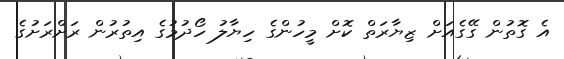
އެ ގޮތުން ގޭގެއަށް ޒިޔާރަތް ކޮށް މީހުންގެ ހިޔާލު ހޯދުމުގެ އިތުރުން ރަށްރަށުގެ